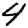
Digit: 4